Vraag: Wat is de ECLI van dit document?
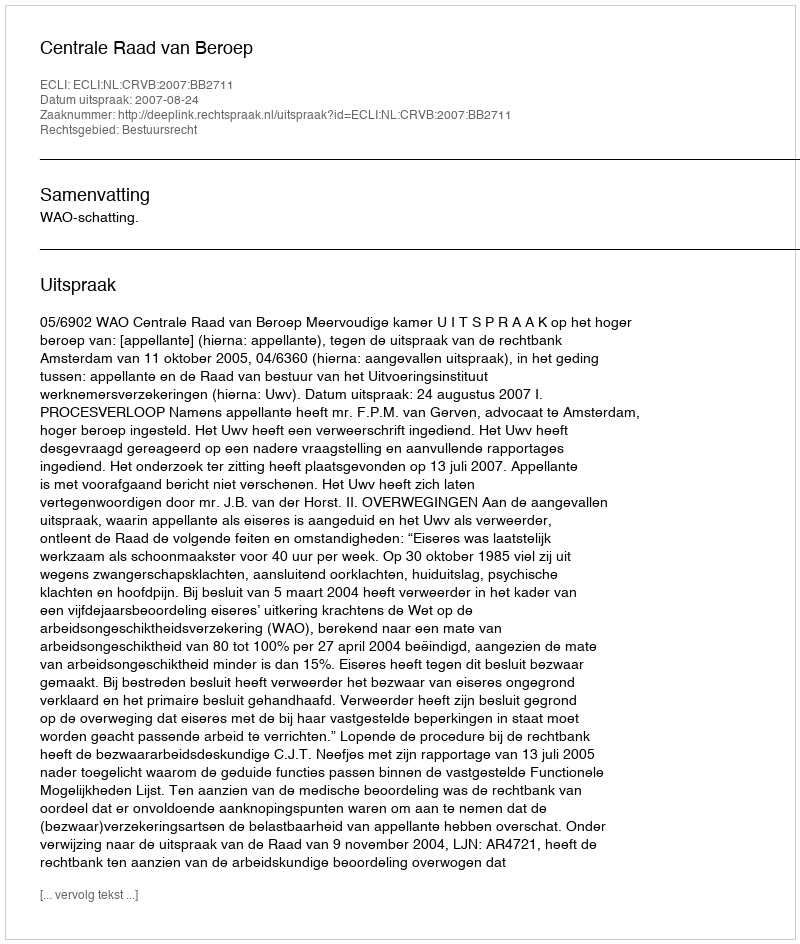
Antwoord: ECLI:NL:CRVB:2007:BB2711